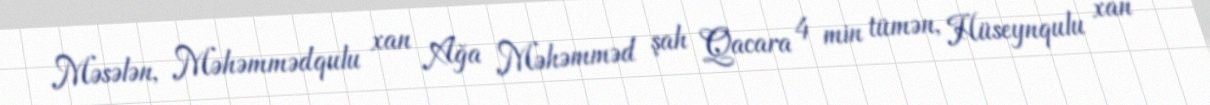
Məsələn, Məhəmmədqulu xan Ağa Məhəmməd şah Qacara 4 min tümən, Hüseynqulu xan